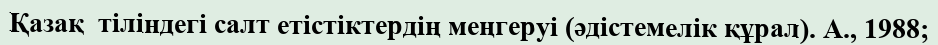
Қазақ  тіліндегі салт етістіктердің меңгеруі (әдістемелік құрал). А., 1988;